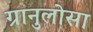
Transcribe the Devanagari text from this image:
ग्रानुलोसा